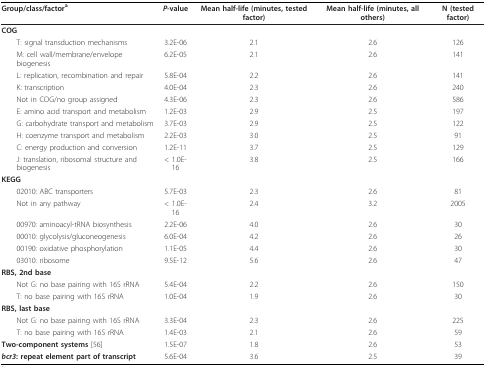
| Group/class/factora | P-value | Mean half-life (minutes, tested factor) | Mean half-life (minutes, all others) | N (tested factor) |
 | --- | --- | --- | --- | --- |
 | COG |  |  |  |  |
 | T: signal transduction mechanisms | 3.2E-06 | 2.1 | 2.6 | 126 |
 | M: cell wall/membrane/envelope biogenesis | 6.2E-05 | 2.1 | 2.6 | 141 |
 | L: replication, recombination and repair | 5.8E-04 | 2.2 | 2.6 | 141 |
 | K: transcription | 4.0E-04 | 2.3 | 2.6 | 240 |
 | Not in COG/no group assigned | 4.3E-06 | 2.3 | 2.6 | 586 |
 | E: amino acid transport and metabolism | 1.2E-03 | 2.9 | 2.5 | 197 |
 | G: carbohydrate transport and metabolism | 3.7E-03 | 2.9 | 2.5 | 122 |
 | H: coenzyme transport and metabolism | 2.2E-03 | 3.0 | 2.5 | 91 |
 | C: energy production and conversion | 1.2E-11 | 3.7 | 2.5 | 129 |
 | J: translation, ribosomal structure and biogenesis | < 1.0E-16 | 3.8 | 2.5 | 166 |
 | KEGG |  |  |  |  |
 | 02010: ABC transporters | 5.7E-03 | 2.3 | 2.6 | 81 |
 | Not in any pathway | < 1.0E-16 | 2.4 | 3.2 | 2005 |
 | 00970: aminoacyl-tRNA biosynthesis | 2.2E-06 | 4.0 | 2.6 | 30 |
 | 00010: glycolysis/gluconeogenesis | 6.0E-04 | 4.2 | 2.6 | 26 |
 | 00190: oxidative phosphorylation | 1.1E-05 | 4.4 | 2.6 | 30 |
 | 03010: ribosome | 9.5E-12 | 5.6 | 2.6 | 47 |
 | RBS, 2nd base |  |  |  |  |
 | Not G: no base pairing with 16S rRNA | 5.4E-04 | 2.2 | 2.6 | 150 |
 | T: no base pairing with 16S rRNA | 1.0E-04 | 1.9 | 2.6 | 30 |
 | RBS, last base |  |  |  |  |
 | Not G: no base pairing with 16S rRNA | 3.3E-04 | 2.3 | 2.6 | 225 |
 | T: no base pairing with 16S rRNA | 1.4E-03 | 2.1 | 2.6 | 59 |
 | Two-component systems [56] | 1.5E-07 | 1.8 | 2.6 | 53 |
 | bcr3: repeat element part of transcript | 5.6E-04 | 3.6 | 2.5 | 39 |